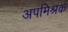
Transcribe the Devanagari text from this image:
अपमिश्रक